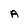
Character: a